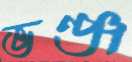
ভঞ্জ